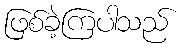
ဖြစ်ခဲ့ကြပါသည်